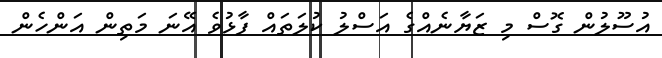
އުސޫލުން ގޮސް މި ޒަޔާނެއްގެ އަސްލު ކުލަތައް ފާޅުވެ އޭނަ މަތިން އަންހެން